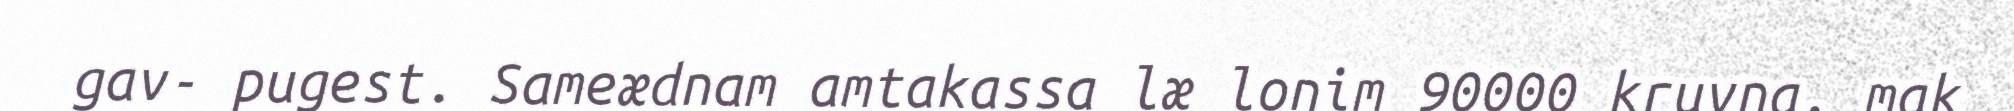
gav- pugest. Sameædnam amtakassa læ lonim 90000 kruvna, mak